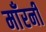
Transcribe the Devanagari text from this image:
माँरनी